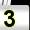
Digit: 3